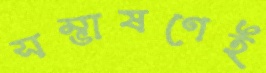
সম্ভাষণেই